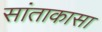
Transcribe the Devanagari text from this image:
सांताकासा